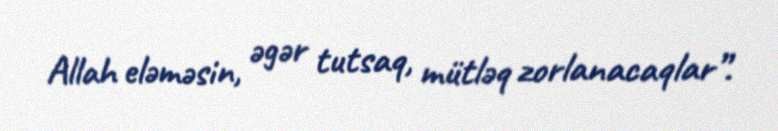
Allah eləməsin, əgər tutsaq, mütləq zorlanacaqlar”.